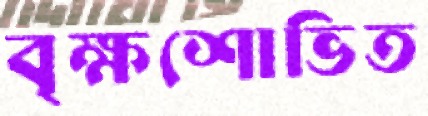
বৃক্ষশোভিত